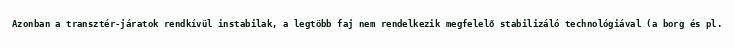
Azonban a transztér-járatok rendkívül instabilak, a legtöbb faj nem rendelkezik megfelelő stabilizáló technológiával (a borg és pl.